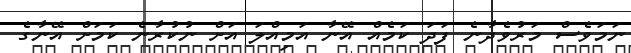
ނަމަވެސް މަރުވެދާނެ ފަދަ ކަމެއް އޭނާ އަމިއްލަ އަށް ނުކުރާނެ ކަމަށް އޭނާގެ